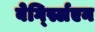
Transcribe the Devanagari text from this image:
बेर्ग्स्लिएन